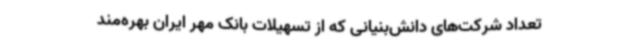
تعداد شرکت‌های دانش‌بنیانی که از تسهیلات بانک مهر ایران بهره‌مند